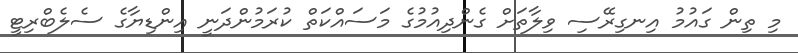
މި ތިން ގައުމު އިނގިރޭސި ވިލާތަށް ގެންދިއުމުގެ މަސައްކަތް ކުރަމުންދަނީ އިންޑިޔާގެ ސެލެބްރިޓީ